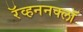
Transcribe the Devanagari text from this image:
रॅव्हननक्लॉ